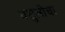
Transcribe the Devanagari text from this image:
वसुलीचा